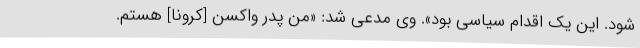
شود. این یک اقدام سیاسی بود». وی مدعی شد: «من پدر واکسن [کرونا] هستم.